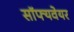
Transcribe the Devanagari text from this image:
सॉफ्यवेयर